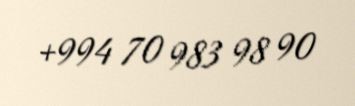
+994 70 983 98 90